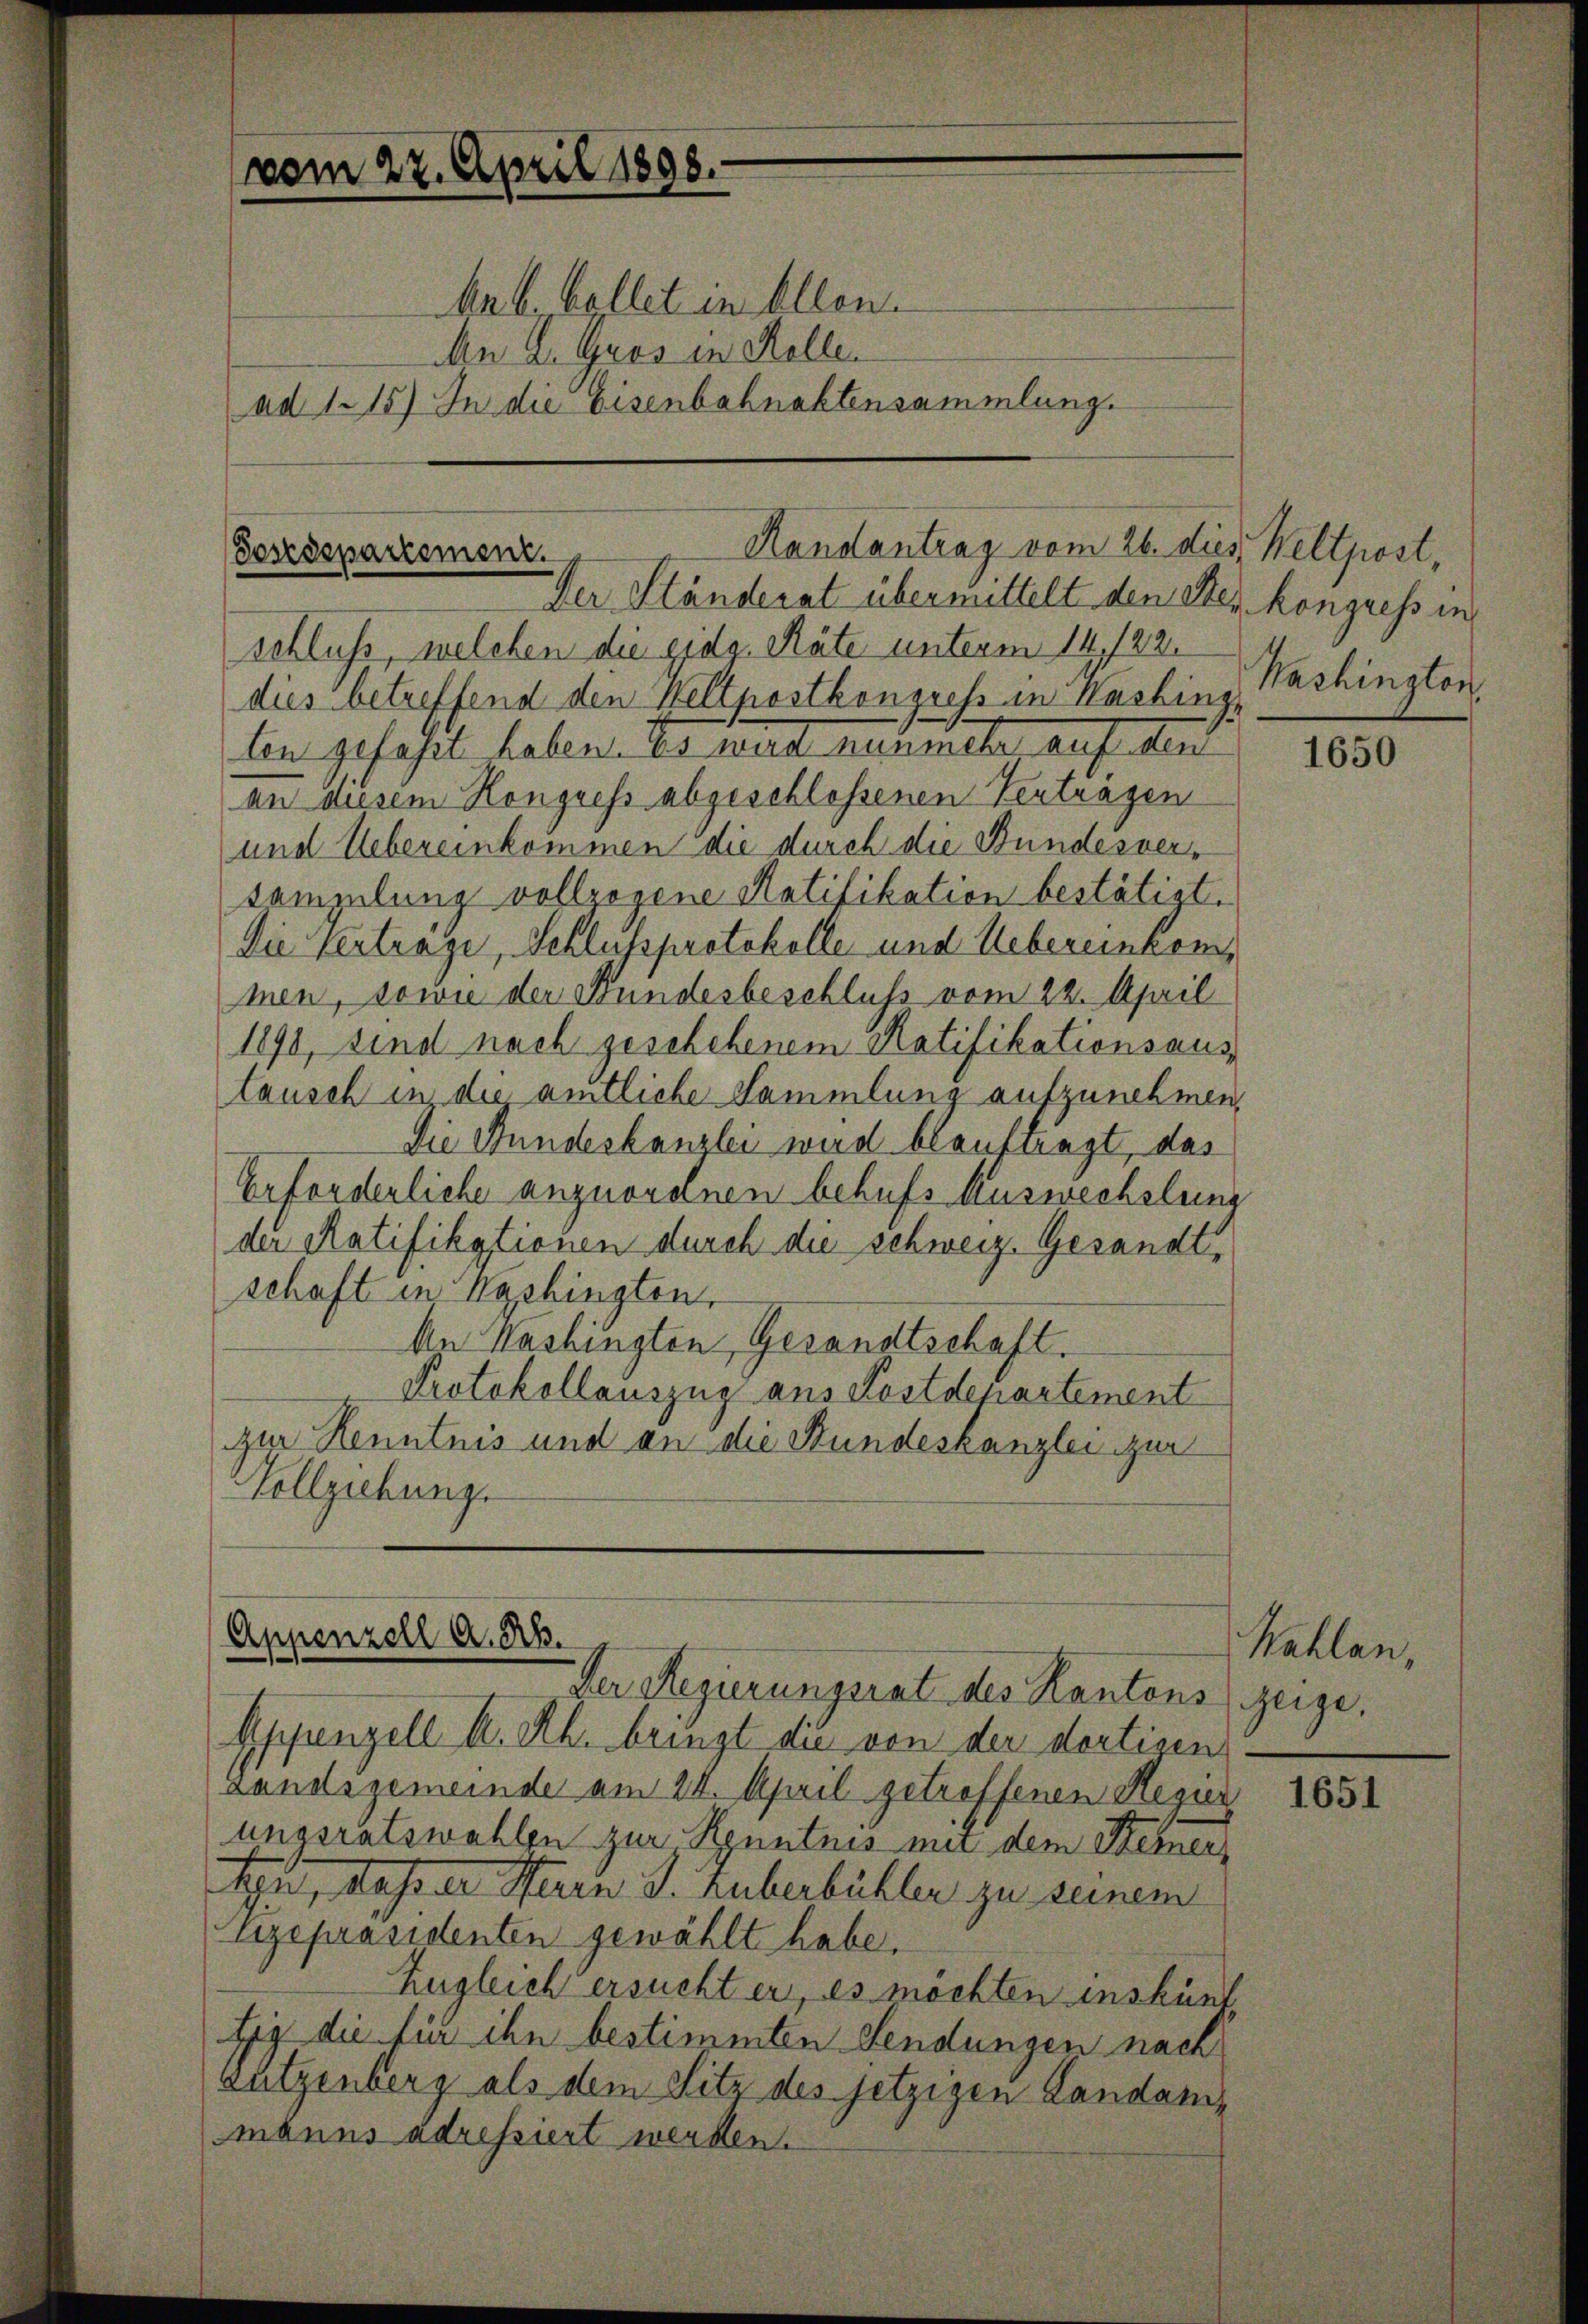
vom 27. April 1898.

ad 1. 15) In die Eisenbahnaktensammlung.

Anb. Collet in Allen.
An E. Gros in Kolle.

schluss, welchen die gidg. Räte unterm 14./22.
dies betreffend den Wellpostkongress in Washinz
lon gefasst haben. Es wird nunmehr auf den
an diesem Kongress abgeschlossenen Vertragen
und Uebereinkommen die durch die Bundesver¬
Sammlung vollzogene Ratifikation bestätigt.
Die Vertrage, Schlussprotokolle und Uebereinkommen, sowie der Bundesbeschluss vom 22. April
1891, sind nach geschehenem Ratifikationsaustausch in die amtliche Sammlung aufzunehmen,
Die Stundeskanzlei wird blauftragt, das
Erforderliche anzuordnen behufs Auswechslung
der Ratifikationen durch die schweiz. Gesandt
schaft in Washingten,
An Washingten Gesandtschaft.
Protokollauszug aus Kostdepartement
zur Kenntnis und an die Stundeskanzlei zur
Vollziehung.

Handantrag vom 26. dies Weltpost,
Postdepartement.
Der Ständerat übermittelt den Ster kongress in

Appenzell A.Rh.
Der Regierungsrat des Kantons zeige.

Appenzell A. Rh. bringt die von der dortigen
Landsgemeinde am 24. April getroffenen Regier
ungsratswahlen zur Kenntnis mir dem Kerner,
tyn, dass der Herrn J. Huberbühler zu seinem
gepräsidenten gewählt habe,
Zugleich ersucht er, es möchten inskünt
fig die für ihn bestimmten Sendungen nach
eutzenberg als dem Sitz des jetzigen Landammanns adressiert werden.

Washington

1650

Kahlan,

1651